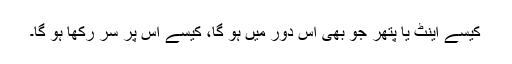
کیسے اینٹ یا پتھر جو بھی اس دور میں ہو گا، کیسے اس پر سر رکھا ہو گا۔